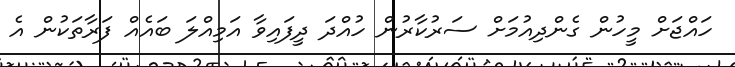
ހައްޖަށް މީހުން ގެންދިއުމަށް ސަރުކާރުން ހުއްދަ ދީފައިވާ އަމިއްލަ ބައެއް ފަރާތަކުން އެ